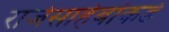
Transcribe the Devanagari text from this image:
राजेसाहेबांकडे